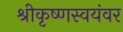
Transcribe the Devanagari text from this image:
श्रीकृष्णस्वयंवर